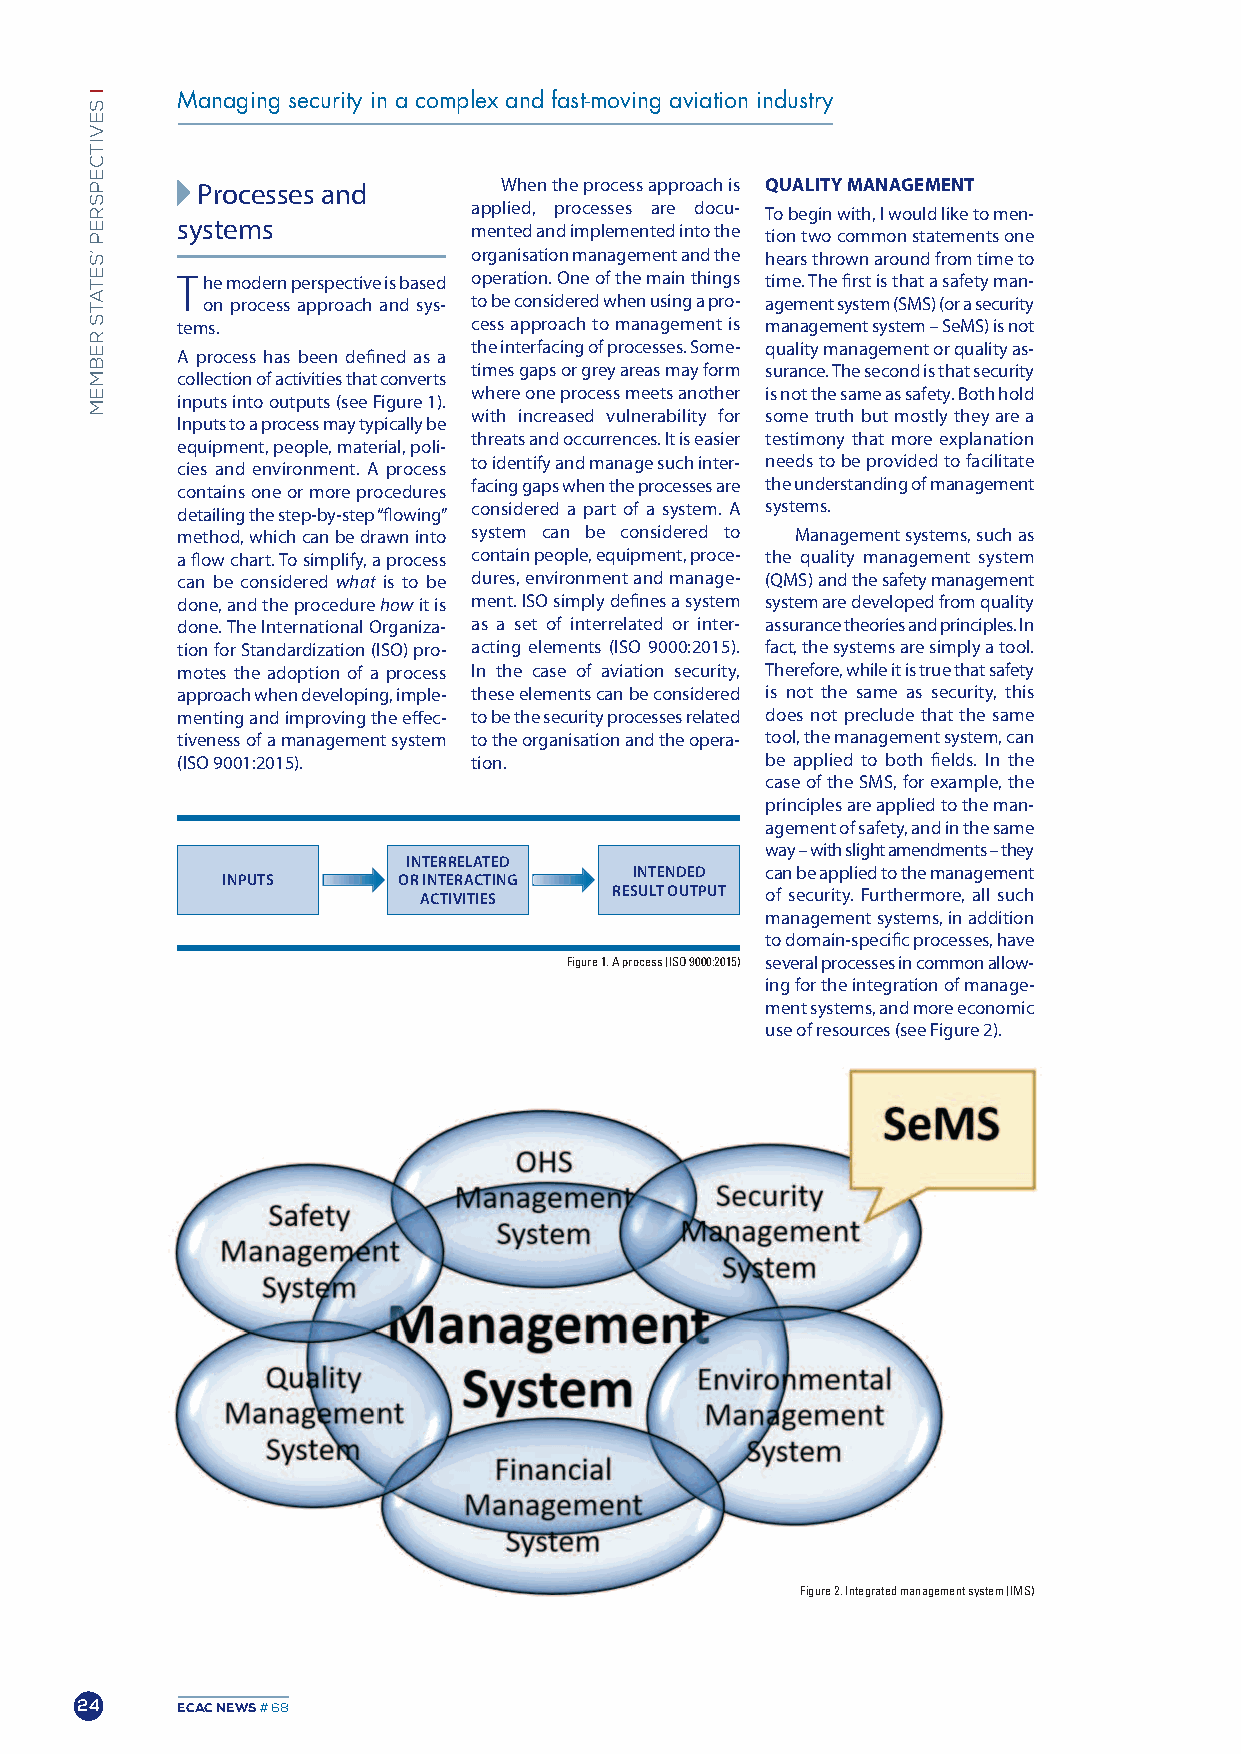
Managing security in a complex and fast-moving aviation industry
 Processes and       when the process approach is QuAliTy MAnAgEMEnT
 applied, processes are docu- To begin with, I would like to men-
 systems
 mented and implemented into the tion two common statements one
 organisation management and the hears thrown around from time to
 The modern perspective is based operation. one of the main things time. The first is that a safety man-
 on process approach and sys- to be considered when using a pro- agement system (SmS) (or a security
 tems.              cess approach to management is management system –SemS) is not
 the interfacing of processes. Some- quality management or quality as-
 A process has been defined as a
 times gaps or grey areas may form surance. The second is that security
 collection of activities that converts
 where one process meets another is not the same as safety. Both hold
 inputs into outputs (see figure 1).
 with increased vulnerability for some truth but mostly they are a
 Inputs to a process may typically be
 threats and occurrences. It is easier testimony that more explanation
 equipment, people, material, poli-
 to identify and manage such inter- needs to be provided to facilitate
 cies and environment. A process
 facing gaps when the processes are the understanding of management
 contains one or more procedures
 detailing the step-by-step “flowing” considered a part of a system. A systems.
 method, which can be drawn into system can be considered to management systems, such as
 a flow chart. To simplify, a process contain people, equipment, proce- the quality management system
 can be considered what is to be dures, environment and manage- (QmS) and the safety management
 done, and the procedure howit is ment. ISo simply defines a system systemare developed from quality
 done. The International organiza- as a set of interrelated or inter- assurance theories and principles. In
 tion for Standardization (ISo) pro- acting elements (ISo 9000:2015). fact,the systems are simply a tool.
 motes the adoption of a process In the case of aviation security, Therefore, while it is true that safety
 approach when developing, imple- these elements can be considered is not the same as security, this
 menting and improving the effec- to be the security processes related does not preclude that the same
 tiveness of a management system to the organisation and the opera- tool, the management system, can
 (ISo 9001:2015).   tion.               be applied to both fields. In the
 case of the SmS, for example, the
 principles are applied to the man-
 agement of safety, and in the same
 way –with slight amendments –they
 INTERRELATED
 INTENDED can be applied to the management
 INPUTS     OR INTERACTING
 ACTIvITIES   RESULT OUTPUT of security. furthermore, all such
 management systems, in addition
 to domain-specific processes, have
 Figure 1. A process (ISO 9000:2015) several processes in common allow-
 ingfor the integration of manage-
 ment systems, and more economic
 use of resources (see figure 2).
 Figure 2. Integrated management system (IMS)
 24     ECAC NEWS# 68
 ISEVITCEPSREP
 ’SETATS
 REBMEM